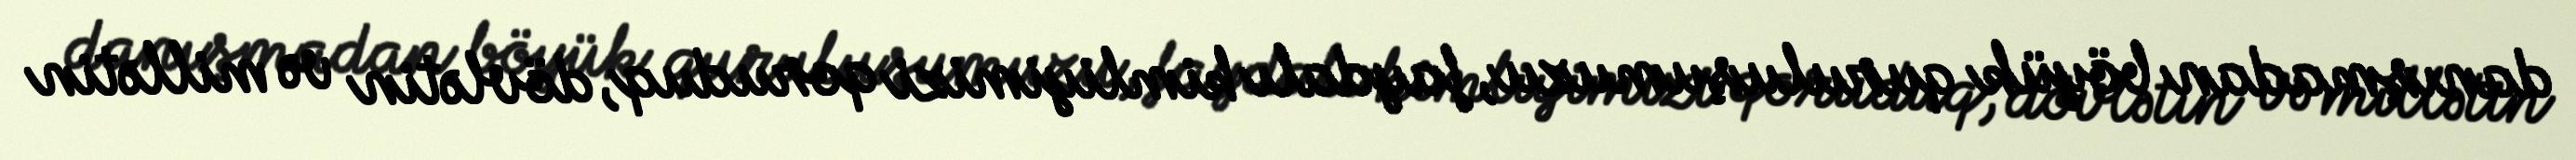
danışmadan böyük quruluşumuzu, faydalı kimliyimizi qoruduq, dövlətin və millətin